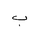
Letter: _ba